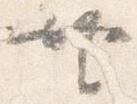
共